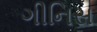
ગીનિસ